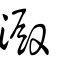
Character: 澱